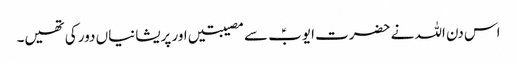
اس دن اللہ نے حضرت ایوبؑ سے مصیبتیں اور پریشانیاں دور کی تھیں۔